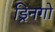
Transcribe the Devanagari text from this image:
ड्रिनगो